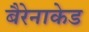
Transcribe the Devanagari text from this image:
बैरेनाकेड